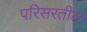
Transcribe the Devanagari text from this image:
परिसरतील